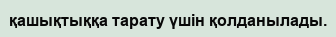
қашықтыққа тарату үшін қолданылады.